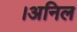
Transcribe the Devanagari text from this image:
।अनिल